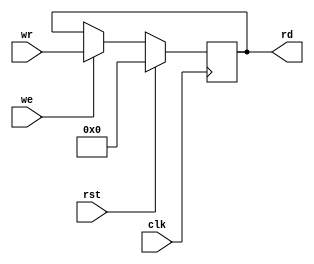
`timescale 1ns / 1ps
`default_nettype wire
//////////////////////////////////////////////////////////////////////////////////
// Company: 
// 
// Module Name:    reg
// Project Name:   VerilogBoy
// Description: 
//   The register file of Game Boy CPU.
// Dependencies: 
// 
// Additional Comments: 
//  Single 8-bit register
//////////////////////////////////////////////////////////////////////////////////

module singlereg(clk, rst, wr, rd, we);
    parameter WIDTH = 8;

    input clk;
    input rst;
    input [WIDTH-1:0] wr;
    output [WIDTH-1:0] rd;
    input we;

    reg [WIDTH-1:0] data;

    assign rd = data;

    always @(posedge clk) begin
        if (rst)
            data <= 0;
        else
            if (we)
                data <= wr;
    end

endmodule